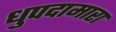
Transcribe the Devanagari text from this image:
धुपदामारा